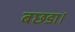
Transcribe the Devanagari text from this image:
बछडा।